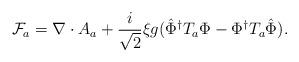
LaTeX: \begin{align*}{\cal F}_{a}=\nabla \cdot A_{a}+\frac{i}{\sqrt{2}}\xi g(\hat{\Phi}^{\dagger}T_{a}\Phi -\Phi ^{\dagger }T_{a}\hat{\Phi}).\end{align*}